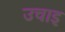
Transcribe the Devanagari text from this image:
उचाइ